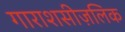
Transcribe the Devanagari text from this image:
गाराशसीज़लिक